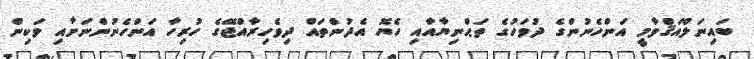
ބައިނަލްއަޤްވާމީ އަންހެނުންގެ ދުވަހުގެ ތަޙްނިޔާއާއި ހެޔޮ އެދުންތައް ދިވެހިރާއްޖޭގެ ހުރިހާ އަންހެނުންނަށާއި ވަކިން